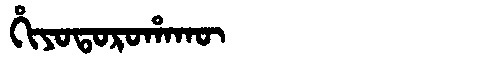
Manchu: ᡥᡳᠶᠣᡨᠣᡵᠣᡥᠠᡴᡡ
Romanization: HIYOTOROHAKŪ